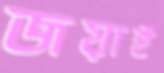
জয়াই